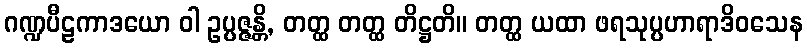
ဂဏ္ဍပီဠကာဒယော ဝါ ဥပ္ပဇ္ဇန္တိ, တတ္ထ တတ္ထ တိဋ္ဌတိ။ တတ္ထ ယထာ ဖရသုပ္ပဟာရာဒိဝသေန